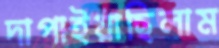
দাপাইয়াছিলাম